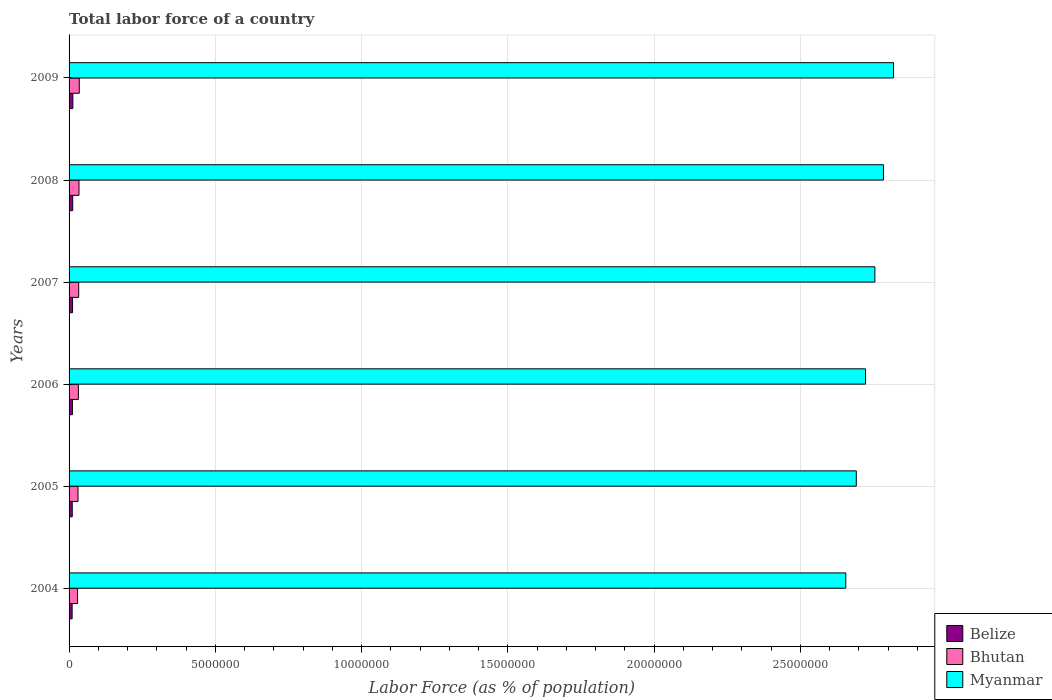
| Years | Belize | Bhutan | Myanmar |
 | --- | --- | --- | --- |
 | 2004 | 1.04e+05 | 2.9e+05 | 2.65e+07 |
 | 2005 | 1.08e+05 | 3.06e+05 | 2.69e+07 |
 | 2006 | 1.13e+05 | 3.18e+05 | 2.72e+07 |
 | 2007 | 1.19e+05 | 3.29e+05 | 2.75e+07 |
 | 2008 | 1.24e+05 | 3.39e+05 | 2.78e+07 |
 | 2009 | 1.3e+05 | 3.48e+05 | 2.82e+07 |